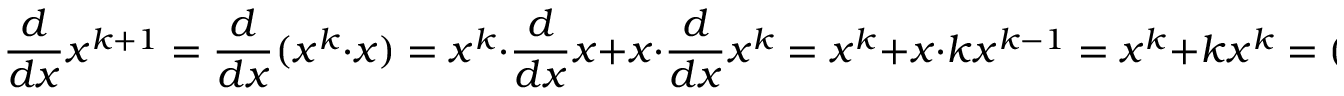
{ \frac { d } { d x } } x ^ { k + 1 } = { \frac { d } { d x } } ( x ^ { k } \cdot x ) = x ^ { k } \cdot { \frac { d } { d x } } x + x \cdot { \frac { d } { d x } } x ^ { k } = x ^ { k } + x \cdot k x ^ { k - 1 } = x ^ { k } + k x ^ { k } = ( k + 1 ) x ^ { k } = ( k + 1 ) x ^ { ( k + 1 ) - 1 }